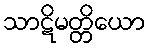
သာဋိမတ္တိယော